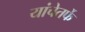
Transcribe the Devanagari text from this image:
यांचेतर्फे